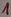
Text: 1